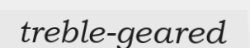
treble-geared